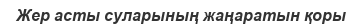
Жер асты суларының жаңаратын қоры